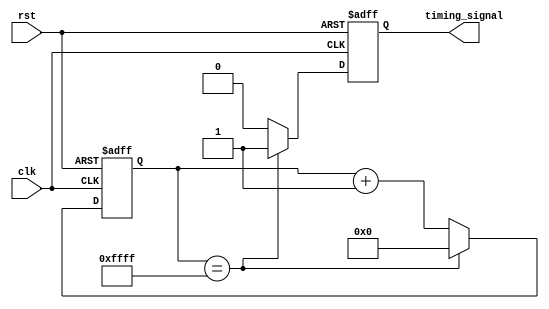
module periodic_timer (
    input clk,         // Clock input
    input rst,         // Reset input
    output reg timing_signal // Timing signal output
);

reg [15:0] counter;    // 16-bit counter for timer period

parameter PERIOD = 65535;   // Period of the timer

always @(posedge clk or posedge rst) begin
    if (rst) begin
        counter <= 0;
        timing_signal <= 0;
    end else begin
        if (counter == PERIOD) begin
            counter <= 0;
            timing_signal <= 1;
        end else begin
            counter <= counter + 1;
            timing_signal <= 0;
        end
    end
end

endmodule